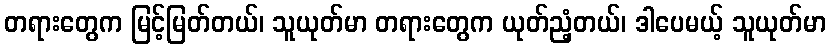
တရားတွေက မြင့်မြတ်တယ်၊ သူယုတ်မာ တရားတွေက ယုတ်ညံ့တယ်၊ ဒါပေမယ့် သူယုတ်မာ